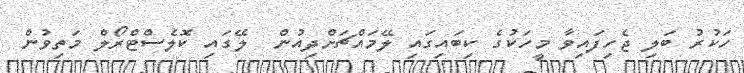
ހަކުރު ބަލި ޖެހިފައިވާ މީހަކުގެ ކިބައިގައި ލޭމައްޗަށްދިއުން  ލޭގައި ކޮލެސްޓްރޯލް މަތިވުން